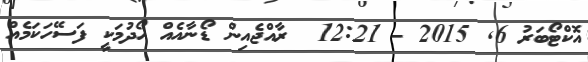
އޮކްޓޯބަރު 6